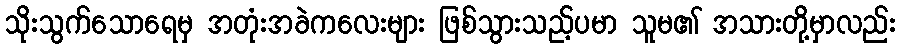
သိုးသွက်သောရေမှ အတုံးအခဲကလေးများ ဖြစ်သွားသည့်ပမာ သူမ၏ အသားတို့မှာလည်း